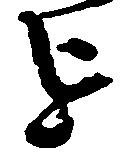
を